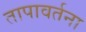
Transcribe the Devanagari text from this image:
तापावर्तना